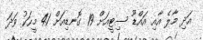
އަދި މާލެ އާއި އައްޑޫ ސިޓީއަށް 19 ގޮނޑިއަށް 41 މީހަކު ވަދަ